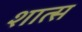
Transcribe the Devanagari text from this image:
शात्स